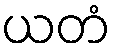
ယတံ